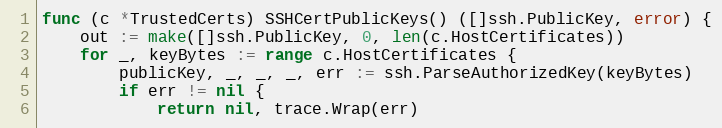
Language: Go
func (c *TrustedCerts) SSHCertPublicKeys() ([]ssh.PublicKey, error) {
	out := make([]ssh.PublicKey, 0, len(c.HostCertificates))
	for _, keyBytes := range c.HostCertificates {
		publicKey, _, _, _, err := ssh.ParseAuthorizedKey(keyBytes)
		if err != nil {
			return nil, trace.Wrap(err)